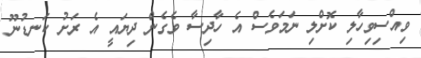
ވިއްސިވިހާލި ކޮށްލި ނަމަވެސް އެ ހާދިސާ ވެގެން ދިޔައީ އެ ރަށު ކަނޑުނޫ